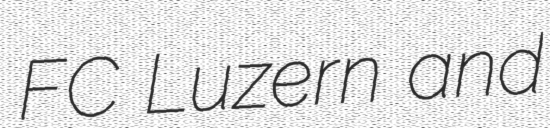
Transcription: FC Luzern and